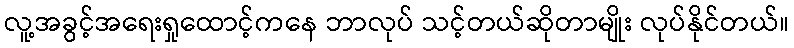
လူ့အခွင့်အရေးရှုထောင့်ကနေ ဘာလုပ် သင့်တယ်ဆိုတာမျိုး လုပ်နိုင်တယ်။